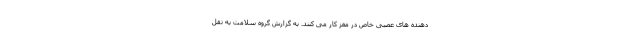
دهنده های عصبی خاص در مغز کار می کنند. به گزارش گروه سلامت به نقل